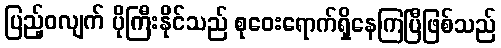
ပြည့်ဝလျက် ပိုကြီးနိုင်သည် စုဝေးရောက်ရှိနေကြပြီဖြစ်သည်